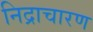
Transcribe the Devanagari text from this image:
निद्राचारण